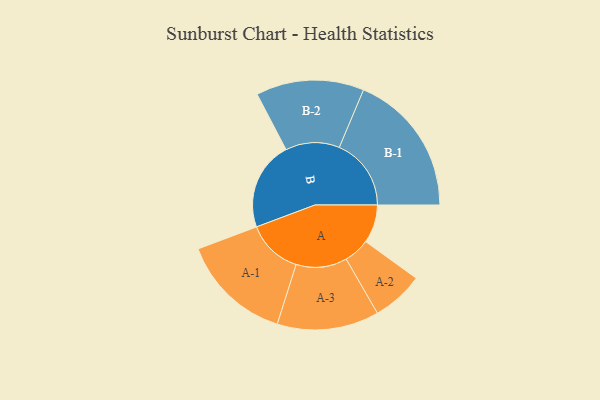
{"axis": {"x": "Segment", "y": "Value"}, "legend": ["", "A", "B"], "data": [{"x": "A", "y": 150, "type": ""}, {"x": "B", "y": 347, "type": ""}, {"x": "A-1", "y": 217, "type": "A"}, {"x": "A-2", "y": 101, "type": "A"}, {"x": "A-3", "y": 199, "type": "A"}, {"x": "B-1", "y": 281, "type": "B"}, {"x": "B-2", "y": 211, "type": "B"}]}